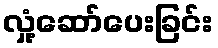
လှုံ့ဆော်ပေးခြင်း